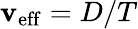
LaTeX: \mathbf{v}_{\mathrm{{eff}}}=D/T